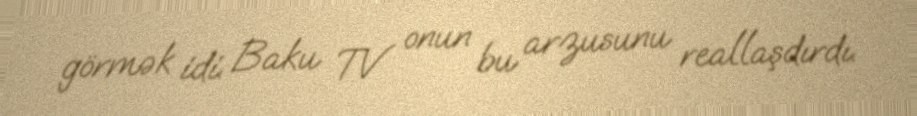
görmək idi. Baku TV onun bu arzusunu reallaşdırdı.